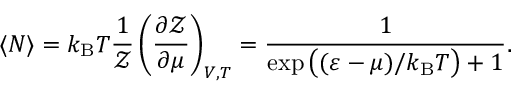
\langle N \rangle = k _ { \mathrm { { B } } } T { \frac { 1 } { \mathcal { Z } } } \left( { \frac { \partial { \mathcal { Z } } } { \partial \mu } } \right) _ { V , T } = { \frac { 1 } { \exp { \big ( } ( \varepsilon - \mu ) / k _ { \mathrm { { B } } } T { \big ) } + 1 } } .